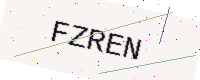
Text: FZREN